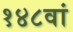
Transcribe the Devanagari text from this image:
१४८वां